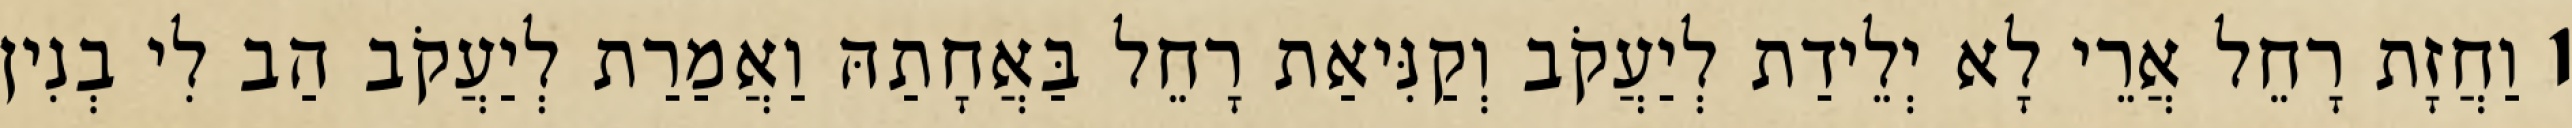
1 וַחֲזָת רָחֵל אֲרֵי לָא יְלֵידַת לְיַעֲקֹב וְקַנִּיאַת רָחֵל בַּאֲחָתַהּ וַאֲמַרַת לְיַעֲקֹב הַב לִי בְנִין